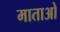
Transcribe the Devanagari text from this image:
माताओ